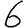
Digit: 6